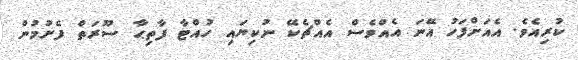
ކުރިއެވެ. އެއަށްފަހު އޭނަ އެއްވެސް އެއްޗެކޭ ނުކިޔައި ހުއްޓާ ފާތިޙާ ސޫރަތް ފެށުމުން